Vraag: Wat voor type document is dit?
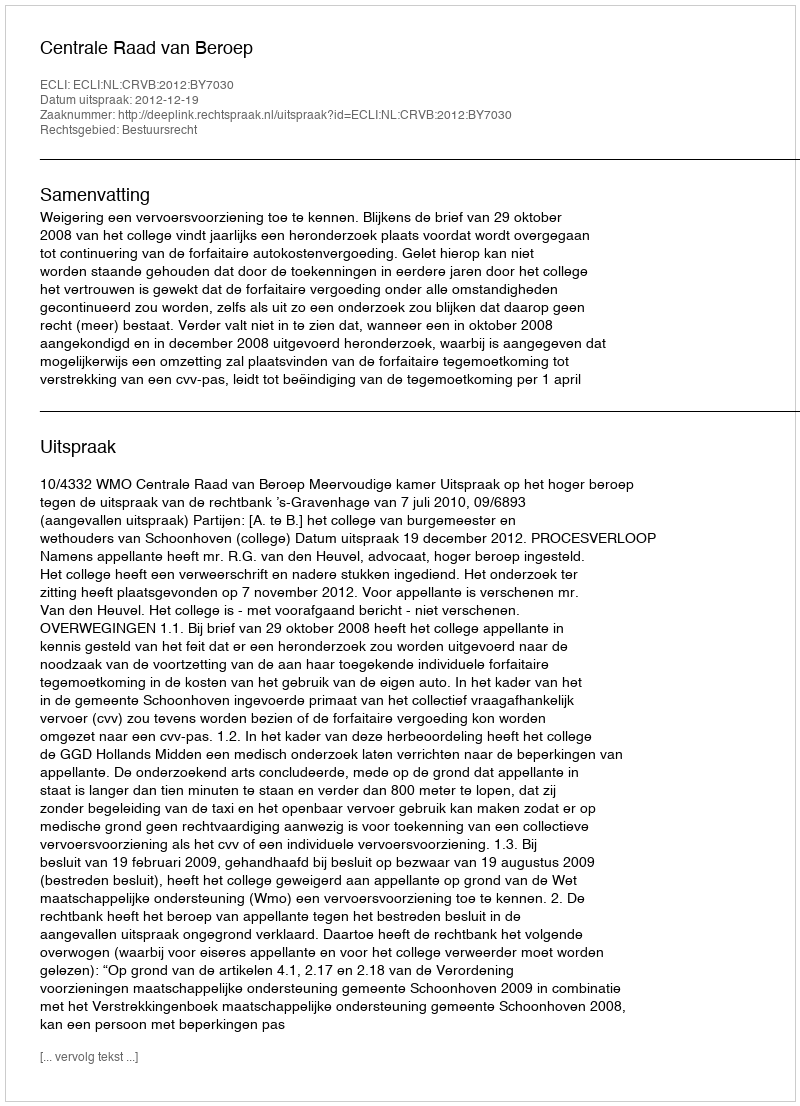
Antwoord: Uitspraak